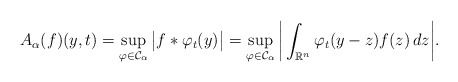
\begin{align*}A_\alpha(f)(y,t)=\sup_{\varphi\in{\mathcal C}_\alpha}\big|f*\varphi_t(y)\big|=\sup_{\varphi\in{\mathcal C}_\alpha}\bigg|\int_{\mathbb R^n}\varphi_t(y-z)f(z)\,dz\bigg|.\end{align*}